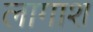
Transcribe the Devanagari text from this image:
लागाश